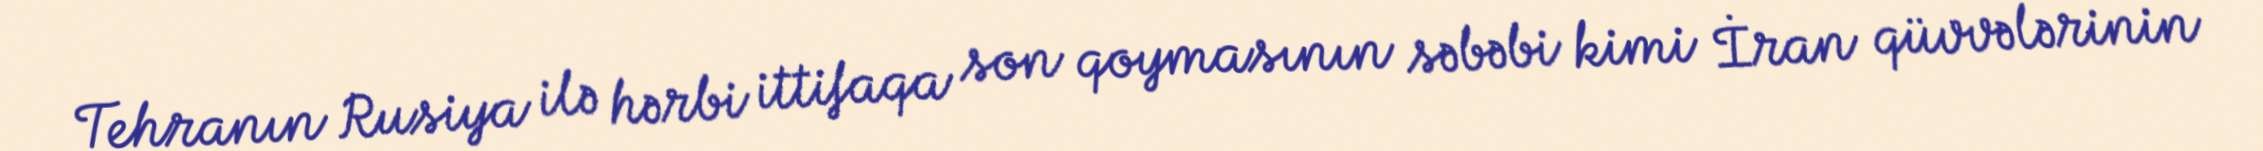
Tehranın Rusiya ilə hərbi ittifaqa son qoymasının səbəbi kimi İran qüvvələrinin